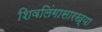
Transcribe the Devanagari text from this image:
शिवलिंगासारख्या